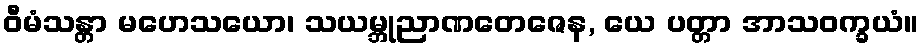
ဝီမံသန္တာ မဟေသယော၊ သယမ္ဘုညာဏတေဇေန, ယေ ပတ္တာ အာသဝက္ခယံ။